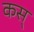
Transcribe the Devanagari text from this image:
कस्